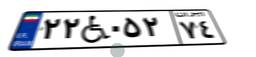
۲۲W۰۵۲۷۴